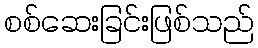
စစ်ဆေးခြင်းဖြစ်သည်